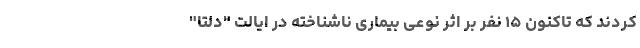
کردند که تاکنون ۱۵ نفر بر اثر نوعی بیماری ناشناخته در ایالت "دلتا"